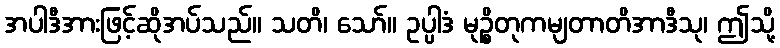
အပါဒီအားဖြင့်ဆိုအပ်သည်။ သတိ၊ သော်။ ဥပ္ပါဒံ မုဉ္စိတုကမျတာတိအာဒီသု၊ ဤသို့